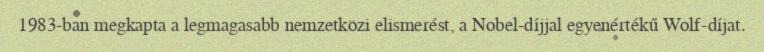
1983-ban megkapta a legmagasabb nemzetközi elismerést, a Nobel-díjjal egyenértékű Wolf-díjat.